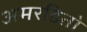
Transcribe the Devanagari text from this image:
अमरडिऩो